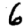
Digit: 6